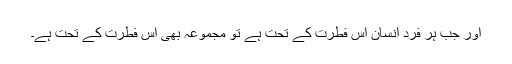
اور جب ہر فرد انسان اس فطرت کے تحت ہے تو مجموعہ بھی اس فطرت کے تحت ہے۔